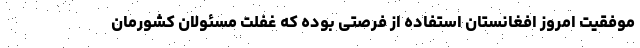
موفقیت امروز افغانستان استفاده از فرصتی بوده که غفلت مسئولان کشورمان